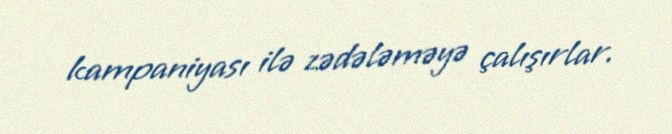
kampaniyası ilə zədələməyə çalışırlar.